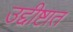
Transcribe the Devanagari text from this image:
उद्दीष्टात